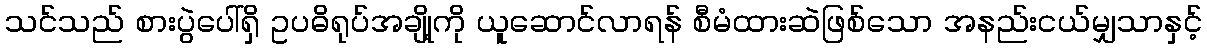
သင်သည် စားပွဲပေါ်ရှိ ဥပဓိရုပ်အချို့ကို ယူဆောင်လာရန် စီမံထားဆဲဖြစ်သော အနည်းငယ်မျှသာနှင့်